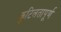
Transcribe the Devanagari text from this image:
कुटिलतापूर्ण